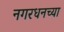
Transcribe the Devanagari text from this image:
नगरधनच्या